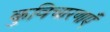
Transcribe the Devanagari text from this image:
कुविचारणाएँ